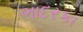
ભાદરકા